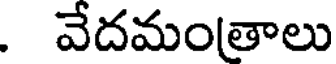
. వేదమంతాలు